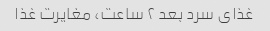
غذای سرد بعد ۲ ساعت، مغایرت غذا